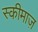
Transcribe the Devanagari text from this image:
स्कीमाज़